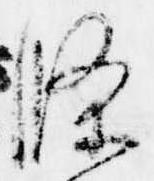
条